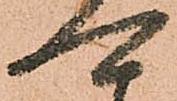
可